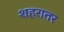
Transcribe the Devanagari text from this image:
शहरातर